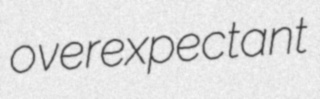
overexpectant